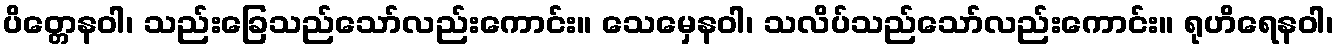
ပိတ္တေနဝါ၊ သည်းခြေသည်သော်လည်းကောင်း။ သေမှေနဝါ၊ သလိပ်သည်သော်လည်းကောင်း။ ရုဟိရေနဝါ၊